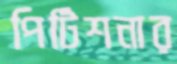
পিটিশনার